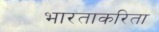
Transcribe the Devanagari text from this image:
भारताकरिता